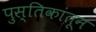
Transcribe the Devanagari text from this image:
पुस्तिकांतून